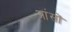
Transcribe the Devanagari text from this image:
आंसों